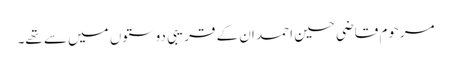
مرحوم قاضی حسین احمد ان کے قریبی دوستوں میں سے تھے۔